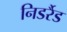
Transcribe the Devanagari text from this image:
निडर्रैड